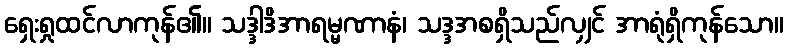
ရှေးရှုထင်လာကုန်၏။ သဒ္ဒါဒိအာရမ္မဏာနံ၊ သဒ္ဒအစရှိသည်လျှင် အာရုံရှိကုန်သော။